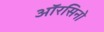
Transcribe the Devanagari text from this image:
ऑरसिनो